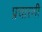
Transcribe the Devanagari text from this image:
प्रचारणी